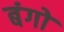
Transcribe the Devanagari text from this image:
बंगों